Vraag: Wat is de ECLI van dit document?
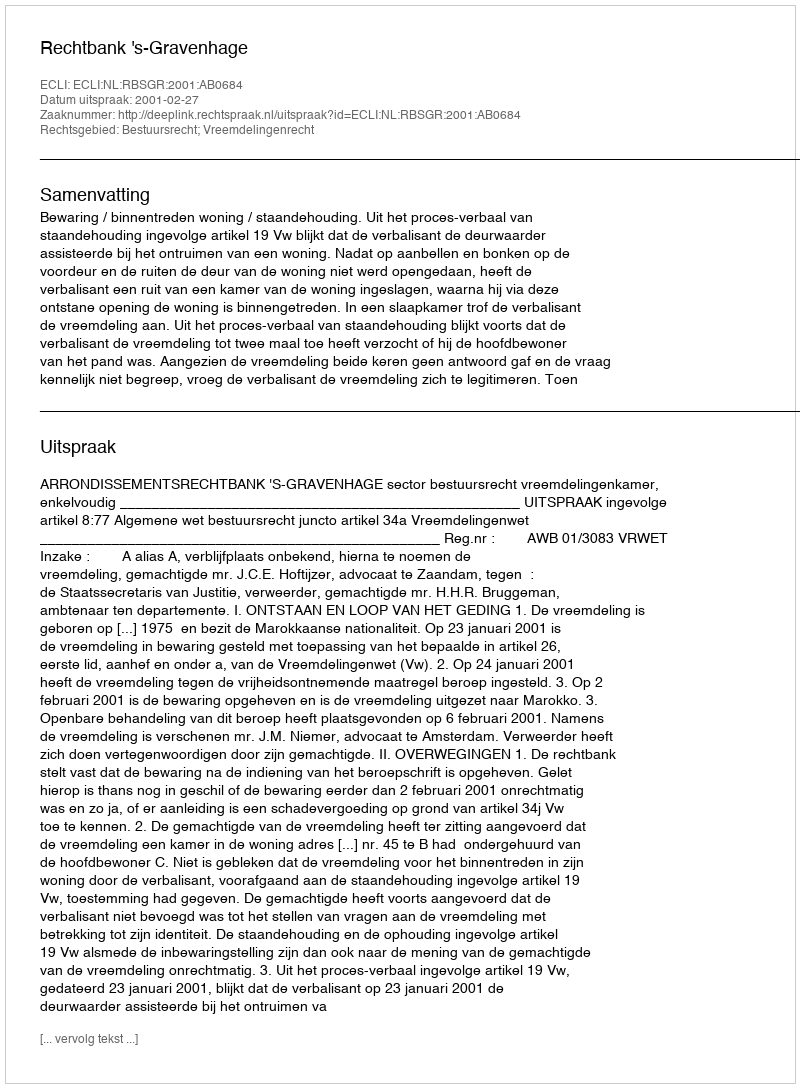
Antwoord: ECLI:NL:RBSGR:2001:AB0684